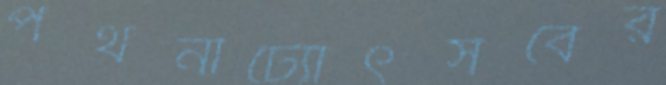
পথনাট্যোৎসবের